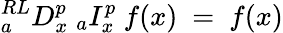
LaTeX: {}_{a}^{RL}D_{x}^{p}~{}_{a}I_{x}^{p}~f(x)~=~f(x)